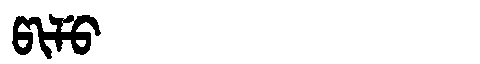
Manchu: ᡦᡳᠯᡠ
Romanization: PILU